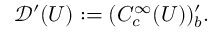
{ \mathcal { D } } ^ { \prime } ( U ) : = ( C _ { c } ^ { \infty } ( U ) ) _ { b } ^ { \prime } .